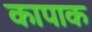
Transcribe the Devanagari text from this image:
कापाक